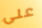
على